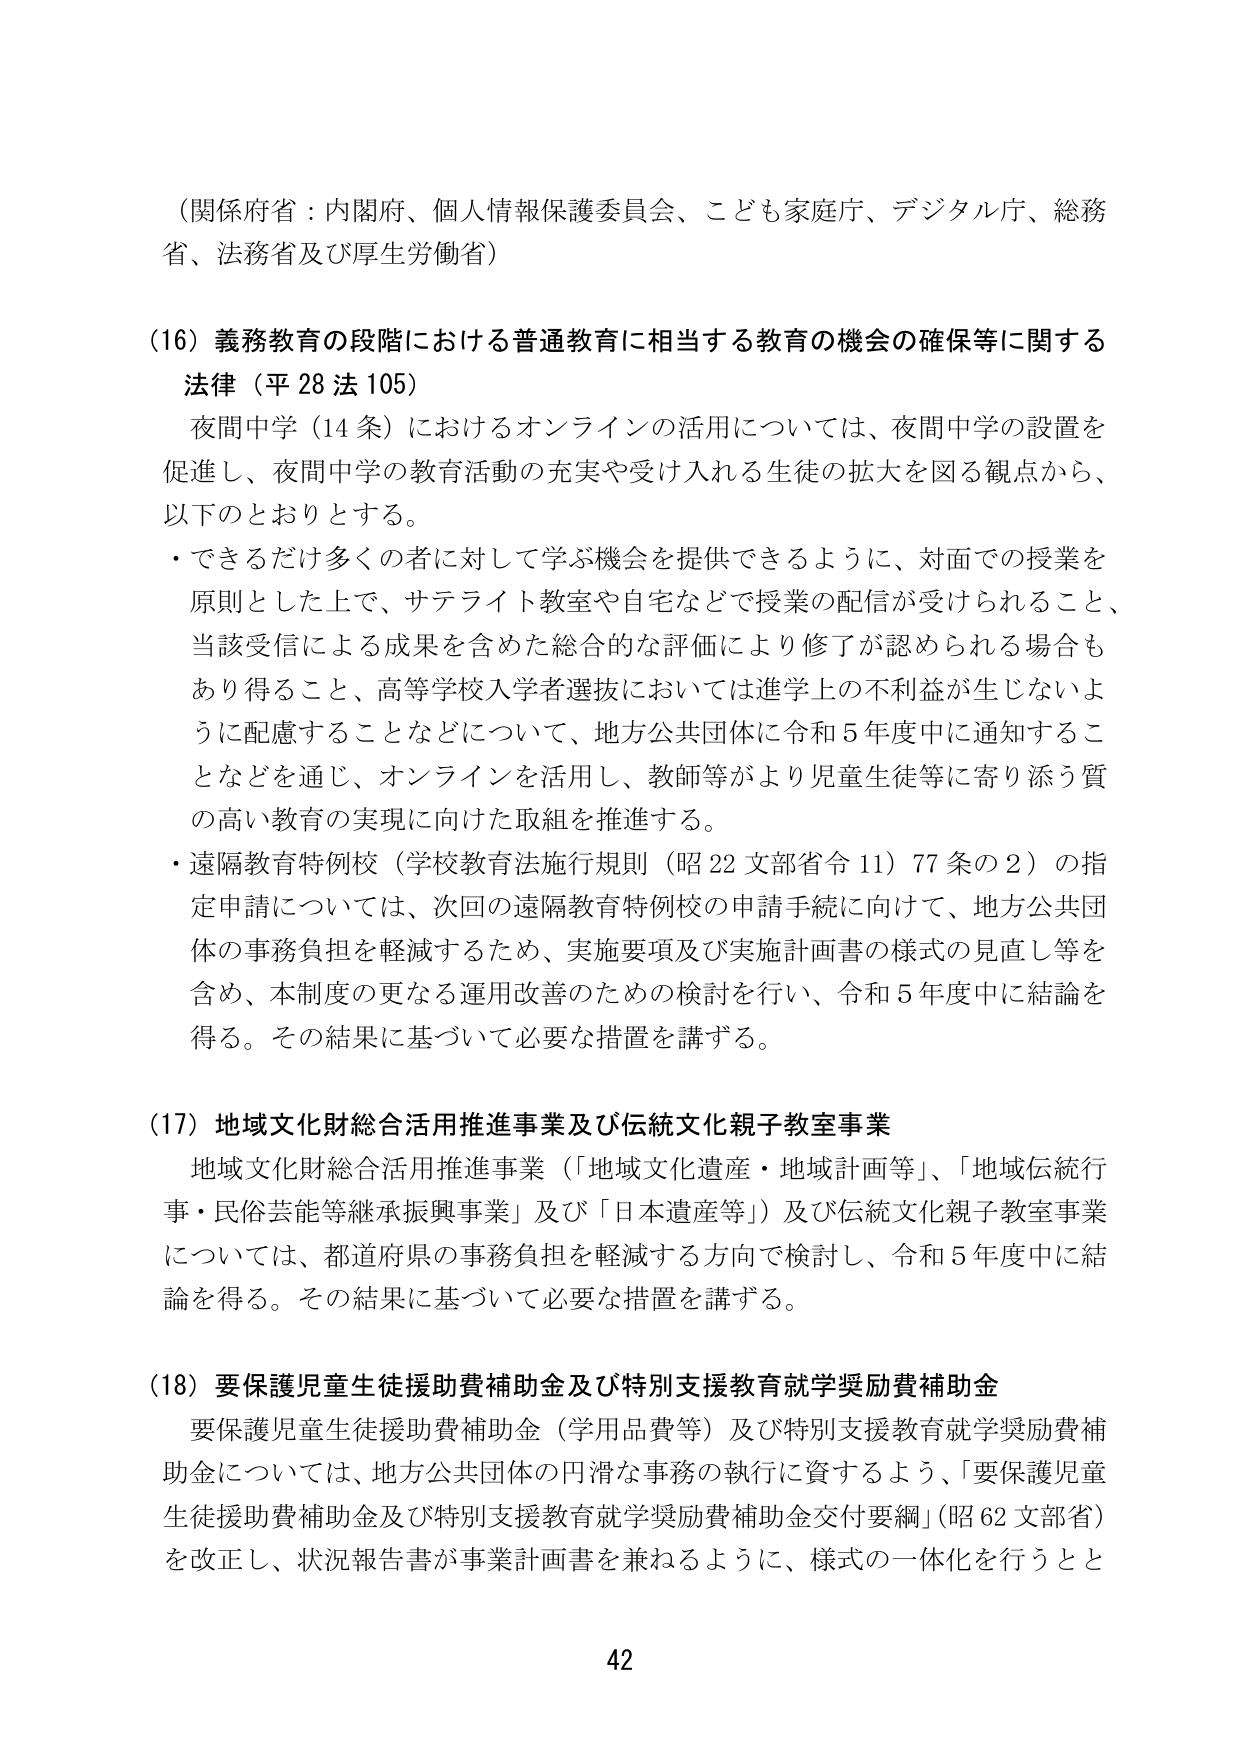
（関係府省：内閣府、個人情報保護委員会、こども家庭庁、デジタル庁、総務省、法務省及び厚生労働省）

（16）義務教育の段階における普通教育に相当する教育の機会の確保等に関する法律（平28法105）

夜間中学（14条）におけるオンラインの活用については、夜間中学の設置を促進し、夜間中学の教育活動の充実や受け入れる生徒の拡大を図る観点から、以下のとおりとする。

・できるだけ多くの者に対して学ぶ機会を提供できるように、対面での授業を原則とした上で、サテライト教室や自宅などで授業の配信が受けられること、当該受信による成果を含めた総合的な評価により修了が認められる場合もあり得ること、高等学校入学者選抜においては進学上の不利益が生じないように配慮することなどについて、地方公共団体に令和5年度中に通知することなどを通じ、オンラインを活用し、教師等がより児童生徒等に寄り添う質の高い教育の実現に向けた取組を推進する。

・遠隔教育特例校（学校教育法施行規則（昭22文部省令11）77条の2）の指定申請については、次回の遠隔教育特例校の申請手続に向けて、地方公共団体の事務負担を軽減するため、実施要項及び実施計画書の様式の見直し等を含め、本制度の更なる運用改善のための検討を行い、令和5年度中に結論を得る。その結果に基づいて必要な措置を講ずる。

（17）地域文化財総合活用推進事業及び伝統文化親子教室事業

地域文化財総合活用推進事業（「地域文化遺産・地域計画等」、「地域伝統行事・民俗芸能等継承振興事業」及び「日本遺産等」）及び伝統文化親子教室事業については、都道府県の事務負担を軽減する方向で検討し、令和5年度中に結論を得る。その結果に基づいて必要な措置を講ずる。

（18）要保護児童生徒援助費補助金及び特別支援教育就学奨励費補助金

要保護児童生徒援助費補助金（学用品費等）及び特別支援教育就学奨励費補助金については、地方公共団体の円滑な事務の執行に資するよう、「要保護児童生徒援助費補助金及び特別支援教育就学奨励費補助金交付要綱」（昭62文部省）を改正し、状況報告書が事業計画書を兼ねるように、様式の一体化を行うとと

42